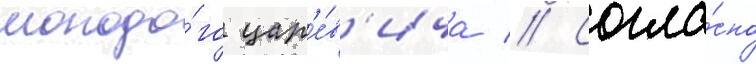
молодо́го цар'е́в'ича // Согла́сно